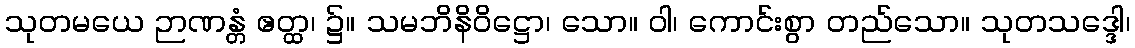
သုတမယေ ဉာဏန္တံ ဧတ္ထ၊ ၌။ သမဘိနိဝိဋ္ဌော၊ သော။ ဝါ၊ ကောင်းစွာ တည်သော။ သုတသဒ္ဒေါ၊